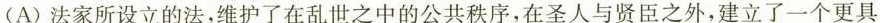
(A)法家所设立的法，维护了在乱世之中的公共秩序，在圣人与贤臣之外，建立了一个更具